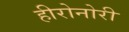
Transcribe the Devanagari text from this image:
हीरोनोरी